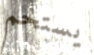
يستحم